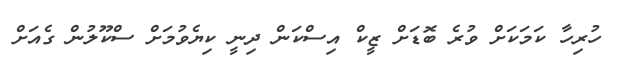
ހުރިހާ ކަމަކަށް ވުރެ ބޮޑަށް ޒީކް އިސްކަން ދިނީ ކިޔެވުމަށް ސްކޫލުން ގެއަށް